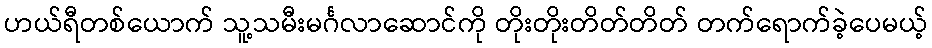
ဟယ်ရီတစ်ယောက် သူ့သမီးမင်္ဂလာဆောင်ကို တိုးတိုးတိတ်တိတ် တက်ရောက်ခဲ့ပေမယ့်